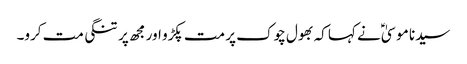
سیدنا موسیٰؑ نے کہا کہ بھول چوک پر مت پکڑو اور مجھ پر تنگی مت کرو۔